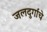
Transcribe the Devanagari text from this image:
जलदुर्गांचे